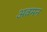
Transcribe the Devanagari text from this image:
अवमन